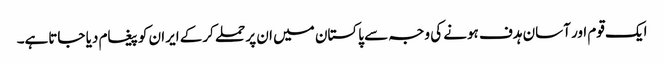
ایک قوم اور آسان ہدف ہونے کی وجہ سے پاکستان میں ان پر حملے کرکے ایران کو پیغام دیا جاتاہے۔